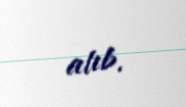
atıb.